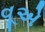
વૂએ